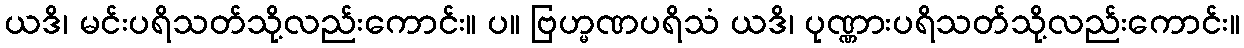
ယဒိ၊ မင်းပရိသတ်သို့လည်းကောင်း။ ပ။ ဗြဟ္မဏပရိသံ ယဒိ၊ ပုဏ္ဏားပရိသတ်သို့လည်းကောင်း။